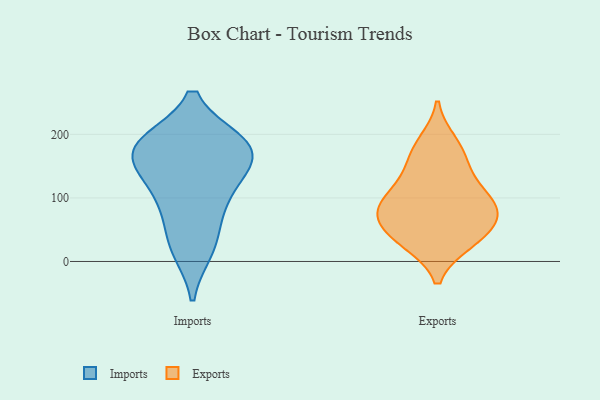
{"axis": {"x": "Production Output", "y": "Value"}, "legend": ["Exports", "Imports"], "data": [{"x": "", "y": 136, "type": "Imports"}, {"x": "", "y": 86, "type": "Imports"}, {"x": "", "y": 186, "type": "Imports"}, {"x": "", "y": 174, "type": "Imports"}, {"x": "", "y": 98, "type": "Imports"}, {"x": "", "y": 30, "type": "Imports"}, {"x": "", "y": 20, "type": "Imports"}, {"x": "", "y": 177, "type": "Imports"}, {"x": "", "y": 182, "type": "Imports"}, {"x": "", "y": 186, "type": "Imports"}, {"x": "", "y": 144, "type": "Imports"}, {"x": "", "y": 88, "type": "Exports"}, {"x": "", "y": 37, "type": "Exports"}, {"x": "", "y": 121, "type": "Exports"}, {"x": "", "y": 64, "type": "Exports"}, {"x": "", "y": 85, "type": "Exports"}, {"x": "", "y": 171, "type": "Exports"}, {"x": "", "y": 187, "type": "Exports"}, {"x": "", "y": 79, "type": "Exports"}, {"x": "", "y": 70, "type": "Exports"}, {"x": "", "y": 106, "type": "Exports"}, {"x": "", "y": 149, "type": "Exports"}, {"x": "", "y": 30, "type": "Exports"}, {"x": "", "y": 33, "type": "Exports"}]}